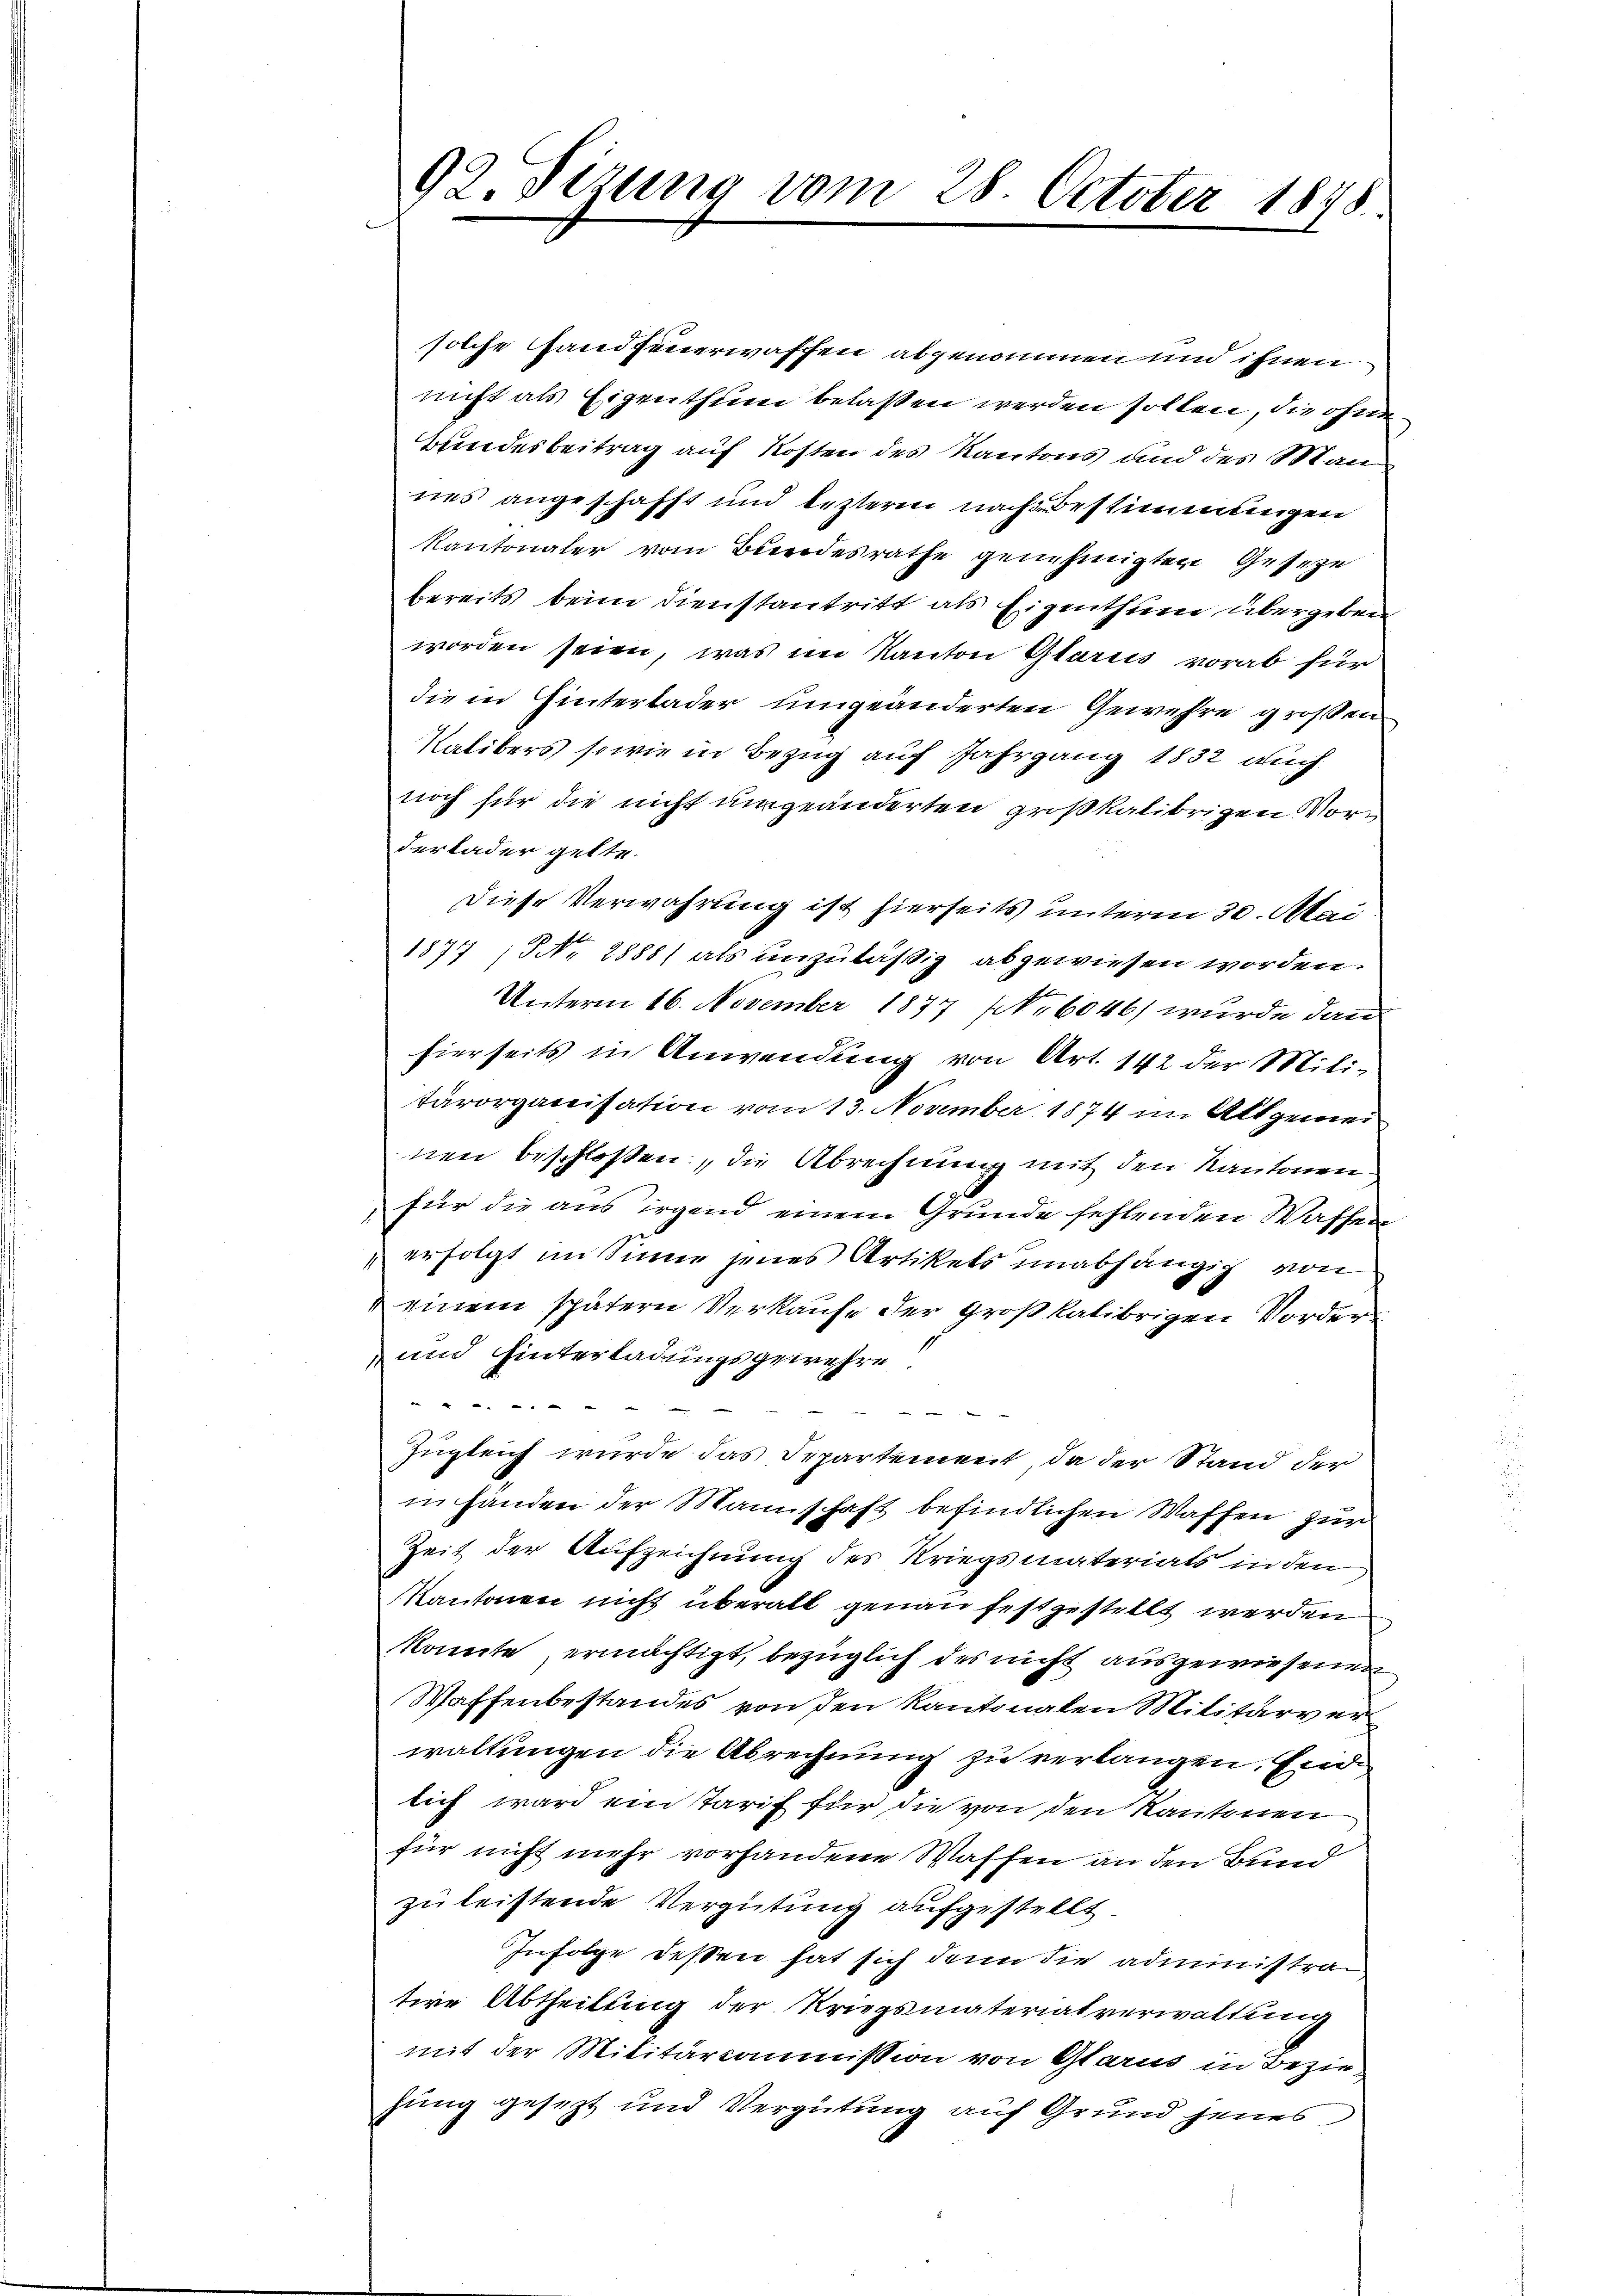
92. Sizung vom 28. October 1848.

solche Handfeuerwaffen abgenommen und ihnen
nicht als Eigenthum belassen werden sollen, die ohne
Bundesbeitrag auf Kosten des Kantons und des Man
nes angeschafft und lezteren nach Bestimmungen
Kantonaler vom Bundesrathe genehmigten Geseze
bereits beim Dienstantritt als Eigenthum übergeben
worden seien, was im Kanton Glarus vorab für
die in Hinterlader umgeänderten Gewehre großen
Kalibers sowie in Bezug auf Jahrgang 1832 auch
noch für die nicht umgeänderten großkalibrigen Vorderlader gelte.
Diese Verwahrung ist hierseits unterm 30. Mai
1877 NNo. 2888) als unzuläßig abgewiesen worden.
Unterm 16. November 1877 NNo. 6046) wurde dann
hierseits in Anwendung von Art. 142 der Mili-
tärorganisation vom 13. November 1874 im Altgemeinen beschlossen, die Abrechnung mit den Kantonen
für die aus irgend einem Grunde fehlenden Waffen
erfolgt im Sinne jenes Artikels unabhängig von
u einem spätern Verkaufe der großkalibrigen Vorder
und hinterladungsgewehre.
 " " " "
S
Zugleich wurde das Departement, da der Stand der
in Händen der Mannschaft befindlichen Waffen zur
Zeit der Aufzeichnung des Kriegsmaterials in den
Kantonen nicht überall genau festgestellt werden
konnte ermächtigt, bezüglich des nicht ausgewiesenen
Waffenbestandes von den Kantonalen Militärverwaltungen die Abrechnung zu verlangen. Einlich ward ein Tarif für die von den Kantonen
für nicht mehr vorhandene Waffen an den Bund
zu leistende Vergütung aufgestellt
Infolge deßen hat sich denn die administrative Abtheilung der Kriegsmaterialverwaltung
mit der Militarcommission von Glarus in Beziehung gesezt und Vergütung auf Grund jenes